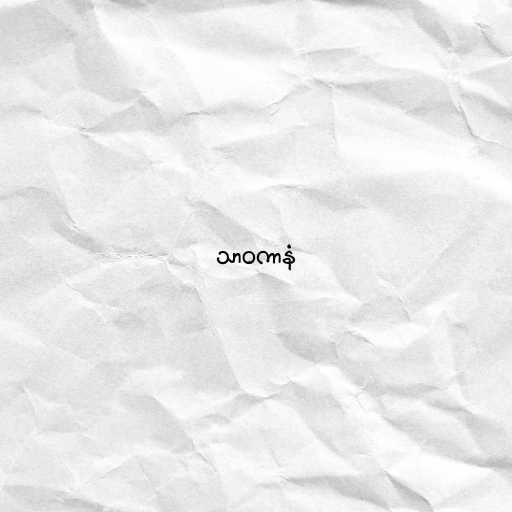
သာဝကာနံ